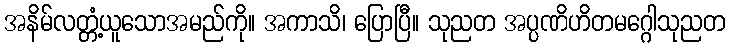
အနိမ်လတ္တံ့ယူသောအမည်ကို။ အကာသိ၊ ပြောပြီ။ သုညတ အပ္ပဏိဟိတမဂ္ဂေါသုညတ